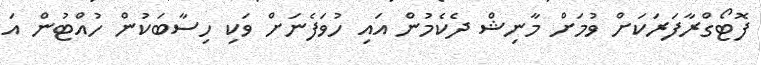
ފޮޓޯގްރާފަރަކަށް ވުމަށް މާނިޝް ދެކެމުން އައި ހުވަފެނަށް ވަކި ހިސާބަކުން ހުއްޓުން އަ